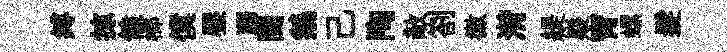
缚掠饁榔僕壓踞閱鵝己陶敵劄徽潸緹嶷宵螺髮